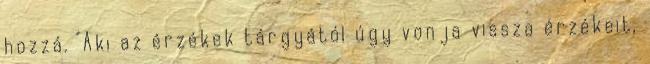
hozzá. "Aki az érzékek tárgyától úgy vonja vissza érzékeit,